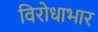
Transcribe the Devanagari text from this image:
विरोधाभार